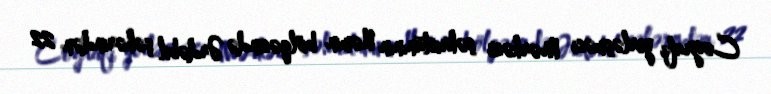
Coğrafi yerləşməsi Mərkəzi şəhristanının Nəmin bölgəsində Ərdəbil şəhərindən 22